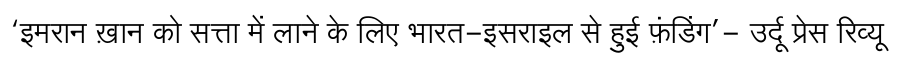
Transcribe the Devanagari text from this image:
‘इमरान ख़ान को सत्ता में लाने के लिए भारत-इसराइल से हुई फ़ंडिंग’- उर्दू प्रेस रिव्यू